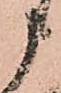
申